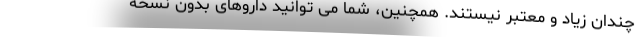
چندان زیاد و معتبر نیستند. همچنین، شما می توانید داروهای بدون نسخه